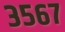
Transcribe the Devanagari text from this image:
३५६७